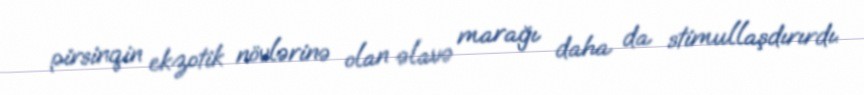
pirsinqin ekzotik növlərinə olan əlavə marağı daha da stimullaşdırırdı.